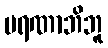
မရဏာဘိဘူ